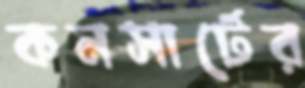
কনসার্টের